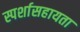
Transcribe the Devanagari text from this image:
स्पर्शासहायता